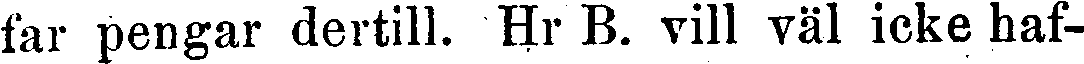
far pengar dertill. Hr B. vill väl icke haf-